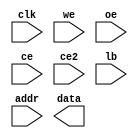
module ram_read_write (
    // Inputs
    input               clk,
    input               we,
    input               oe,
    input               ce,
    input               ce2,
    input               lb,
    input       [21:0]  addr,
    
    
    // Outputs
    output  reg [15:0]  data
);

    // Declare memory (not used in this test module)
    reg [15:0]  mem [0:2097151]; // 2^22 words, each word 16 bits
    
    // No operations performed in this test module
    always @ (posedge clk) begin
        // Do nothing
    end

endmodule